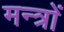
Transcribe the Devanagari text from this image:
मन्त्राें